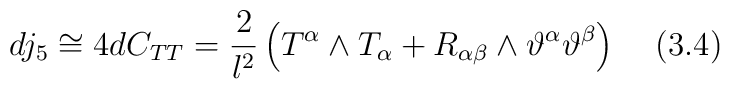
dj_5 \cong 4dC_{TT} = \frac{2}{l^2} \left( T^{\alpha}\wedge T_{\alpha}+R_{\alpha \beta} \wedge\vartheta^{\alpha}\vartheta^{\beta} \right) \;\;\;\;(3.4)